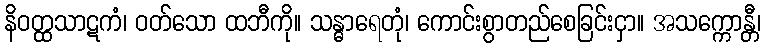
နိဝတ္ထသာဋကံ၊ ဝတ်သော ထဘီကို။ သန္ဓာရေတုံ၊ ကောင်းစွာတည်စေခြင်းငှာ။ အသက္ကောန္တီ၊